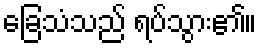
ခြေသံသည် ရပ်သွား၏။